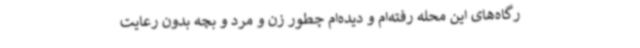
رگاه‌های این محله رفته‌ام و دیده‌ام چطور زن و مرد و بچه‌ بدون رعایت